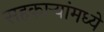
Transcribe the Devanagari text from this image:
सहकाऱ्यांमध्ये